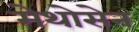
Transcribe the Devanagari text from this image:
मेथोसेन